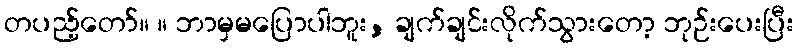
တပည့်တော်။ ။ ဘာမှမပြောပါဘူး, ချက်ချင်းလိုက်သွားတော့ ဘုဉ်းပေးပြီး